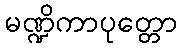
မဏ္ဍိကာပုတ္တော